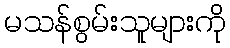
မသန်စွမ်းသူများကို